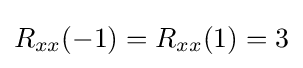
R_{xx}(-1)=R_{xx}(1)=3